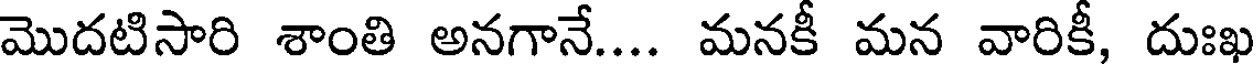
మొదటిసారి శాంతి అనగానే.... మనకీ మన వారికీ, దుఃఖ